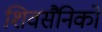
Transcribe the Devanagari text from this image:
शिवसैनिकों